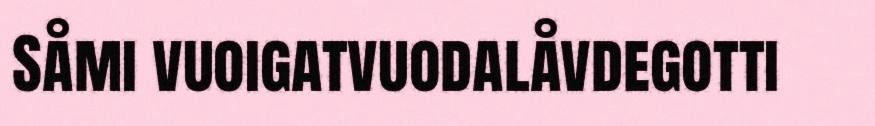
Såmi vuoigatvuodalåvdegotti